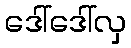
ဒေါ်ဒေါ်လှ